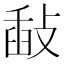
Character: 敮